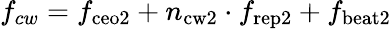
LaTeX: f_{cw}=f_{\mathrm{ceo2}}+n_{\mathrm{cw2}}\cdot f_{\mathrm{rep2}}+f_{\mathrm{beat2}}